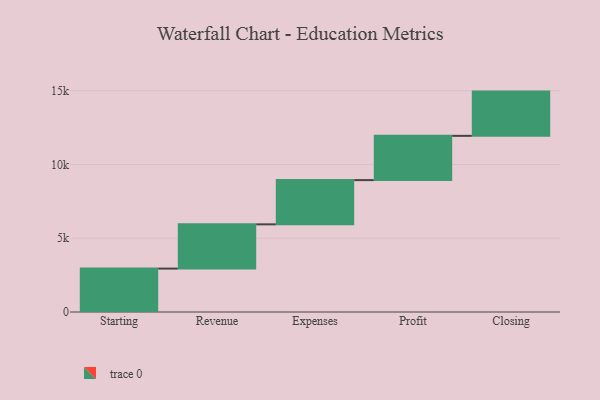
{"axis": {"x": "Step", "y": "Value"}, "legend": [""], "data": [{"x": "Starting", "y": 2943.0, "type": ""}, {"x": "Revenue", "y": 3000, "type": ""}, {"x": "Expenses", "y": 3000, "type": ""}, {"x": "Profit", "y": 3000, "type": ""}, {"x": "Closing", "y": 3000, "type": ""}]}